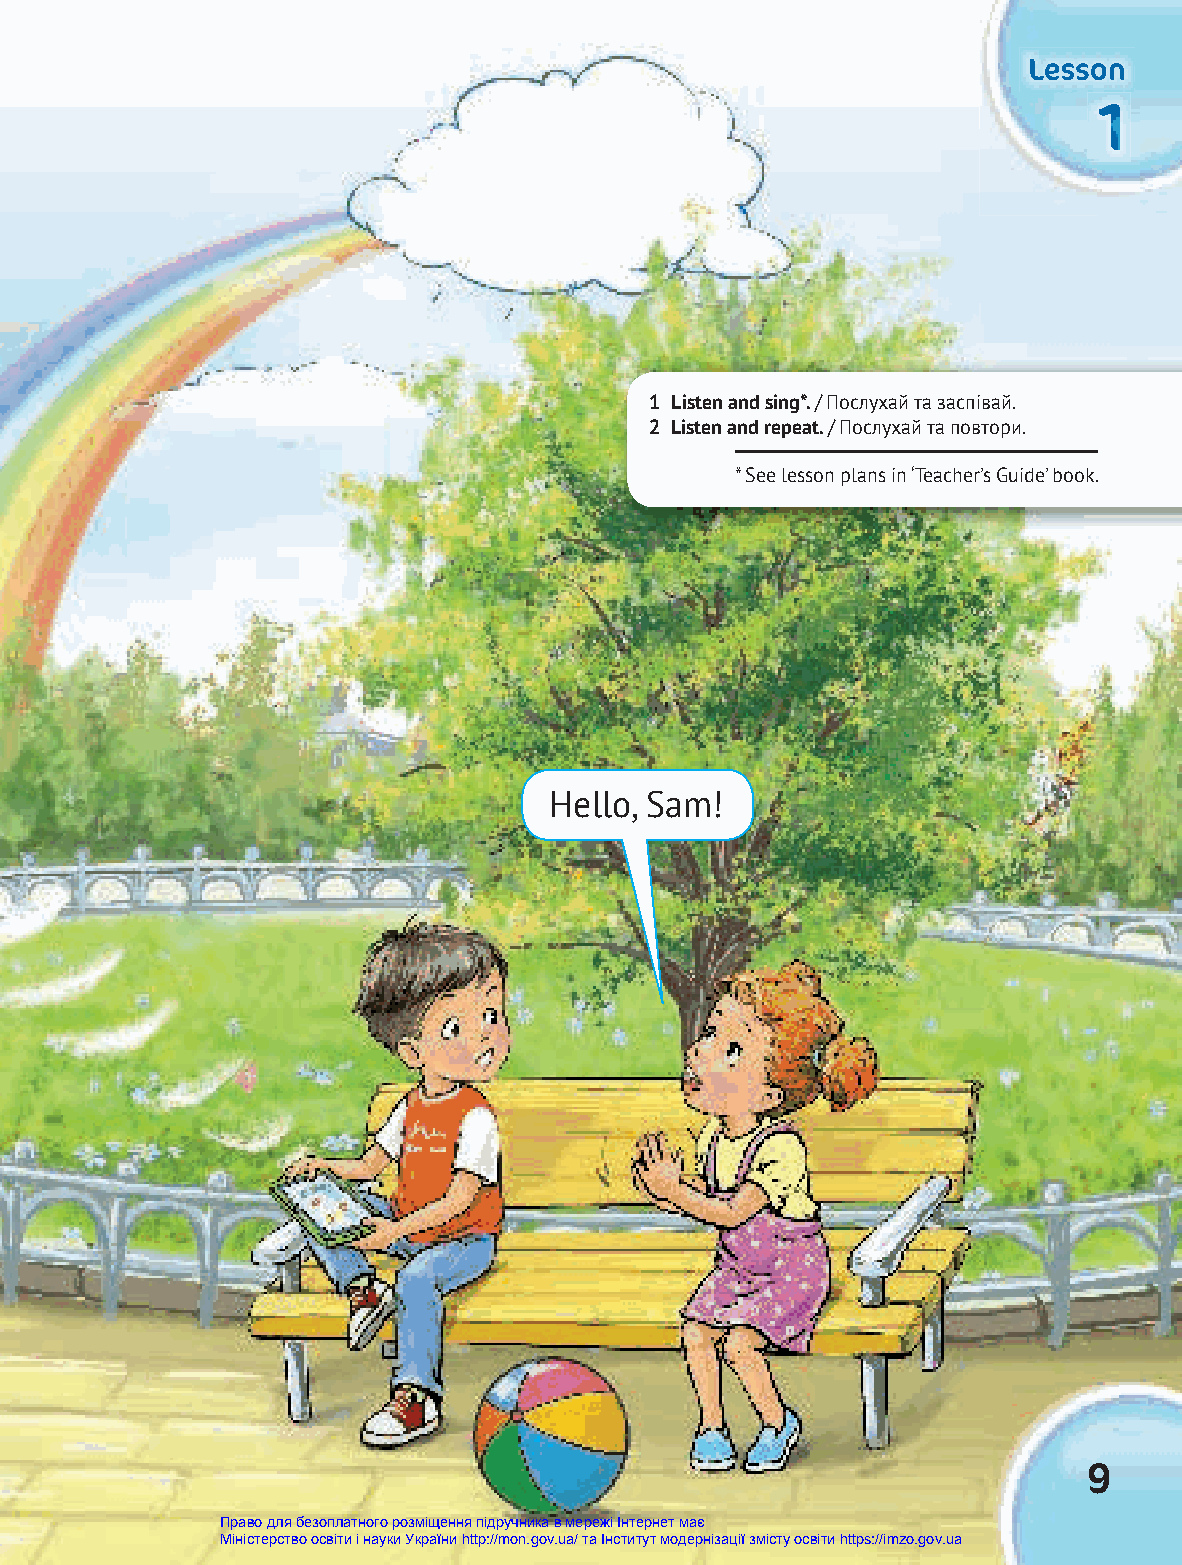
LLLeeessssssooonnn
 111
 1 Listen and sing*. / Послухай та заспівай.
 2 Listen and repeat. / Послухай та повтори.
 * See lesson plans in ‘Teacher’s Guide’ book.
 Hello, Sam!
 9
 Право для безоплатного розміщення підручника в мережі Інтернет має
 Міністерство освіти і науки України http://mon.gov.ua/ та Інститут модернізації змісту освіти https://imzo.gov.ua